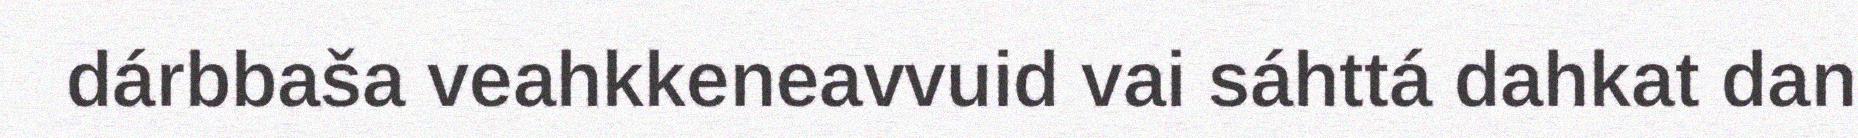
dárbbaša veahkkeneavvuid vai sáhttá dahkat dan